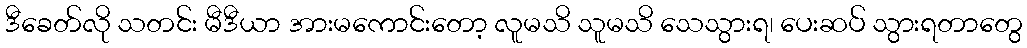
ဒီခေတ်လို သတင်း မီဒီယာ အားမကောင်းတော့ လူမသိ သူမသိ သေသွားရ၊ ပေးဆပ် သွားရတာတွေ